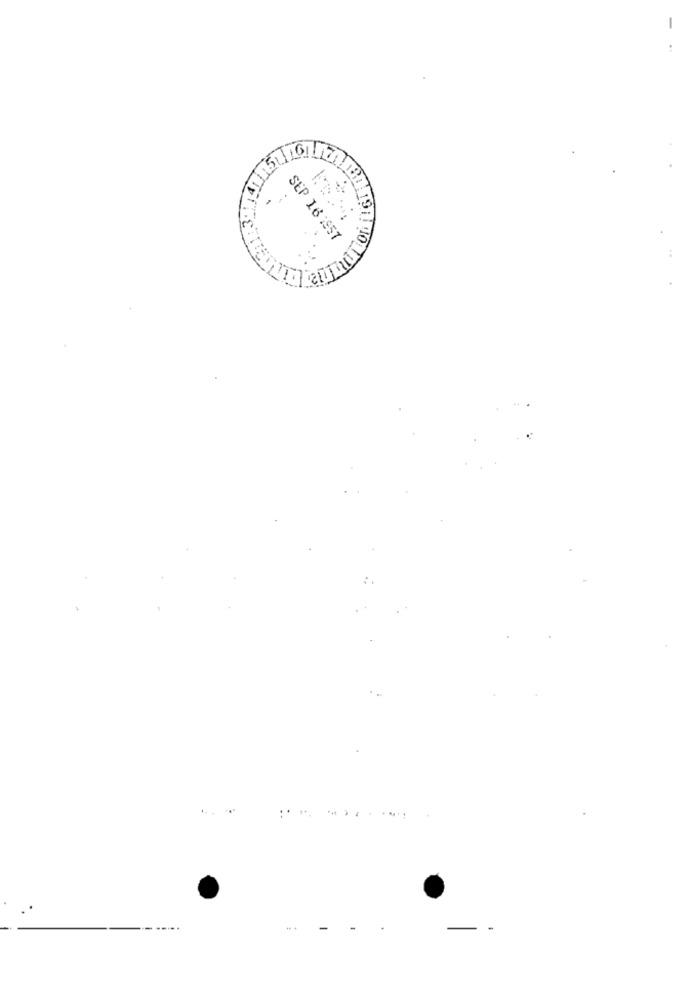
-
.
.... .
SEP 16 1957